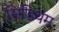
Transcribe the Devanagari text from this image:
सिडियम